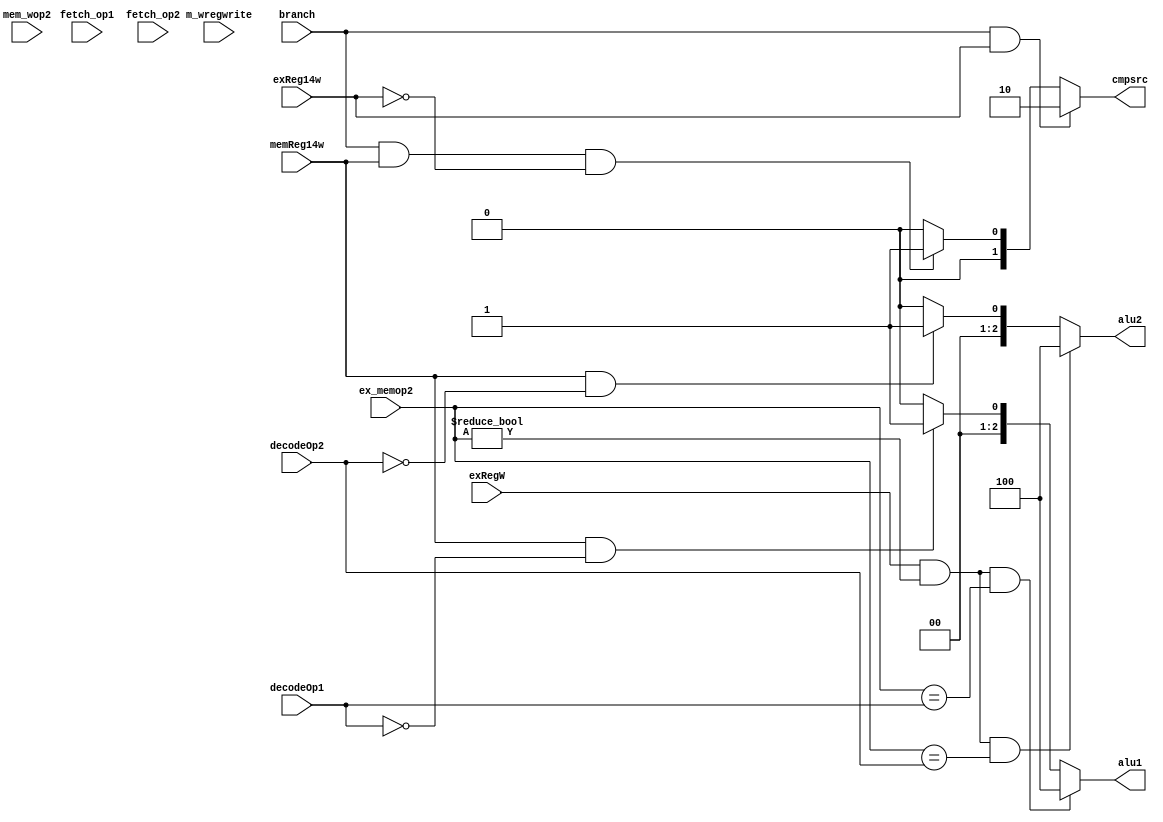
module REG_FWD( fetch_op1, fetch_op2, decodeOp1, decodeOp2, 
		ex_memop2, mem_wop2, branch, m_wregwrite, 
		exRegW, exReg14w, memReg14w, alu1, alu2, cmpsrc);

input [3:0] decodeOp1, decodeOp2, fetch_op1, fetch_op2, mem_wop2, ex_memop2;
input branch,exRegW, m_wregwrite, memReg14w, exReg14w;
output reg [1:0] cmpsrc;
output reg [2:0] alu1, alu2;

always@(*)
begin
	
	if( exRegW && (ex_memop2 != 0) && (ex_memop2 == decodeOp1) )
		alu1 = 4'b0100;
	else if( memReg14w && (decodeOp1 == 4'b0000) )
		alu1 = 4'b001;
	else
		alu1 = 4'b000;
		
	if( exRegW && (ex_memop2 != 0) && (ex_memop2 == decodeOp2) )
		alu2 = 4'b100;
	else if( memReg14w && (decodeOp2 == 4'b0000) )
		alu2 = 4'b001;
	else
		alu2 = 4'b000;
		
	if( branch && exReg14w )
		cmpsrc = 2'b10;
	else if( branch && memReg14w && !exReg14w )
		cmpsrc = 2'b01;
	else
		cmpsrc = 2'b00;
end
endmodule